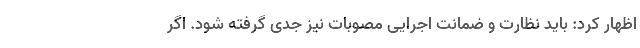
اظهار کرد: باید نظارت و ضمانت اجرایی مصوبات نیز جدی گرفته شود. اگر